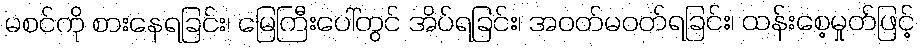
မစင်ကို စားနေရခြင်း၊ မြေကြီးပေါ်တွင် အိပ်ရခြင်း၊ အဝတ်မဝတ်ရခြင်း၊ ထန်းစေ့မှုတ်ဖြင့်